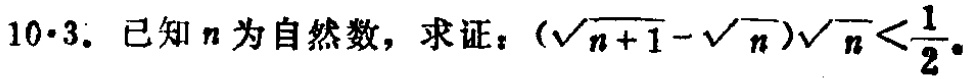
10·3. 已知\(n\)为自然数，求证：\((\sqrt{n + 1} - \sqrt{n})\sqrt{n}<\frac{1}{2}\)。